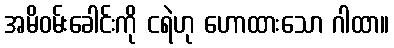
အမိဝမ်းခေါင်းကို ငရဲဟု ဟောထားသော ဂါထာ။